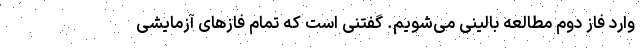
وارد فاز دوم مطالعه بالینی می‌شویم. گفتنی است که تمام فازهای آزمایشی